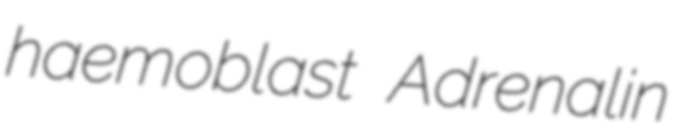
haemoblast Adrenalin